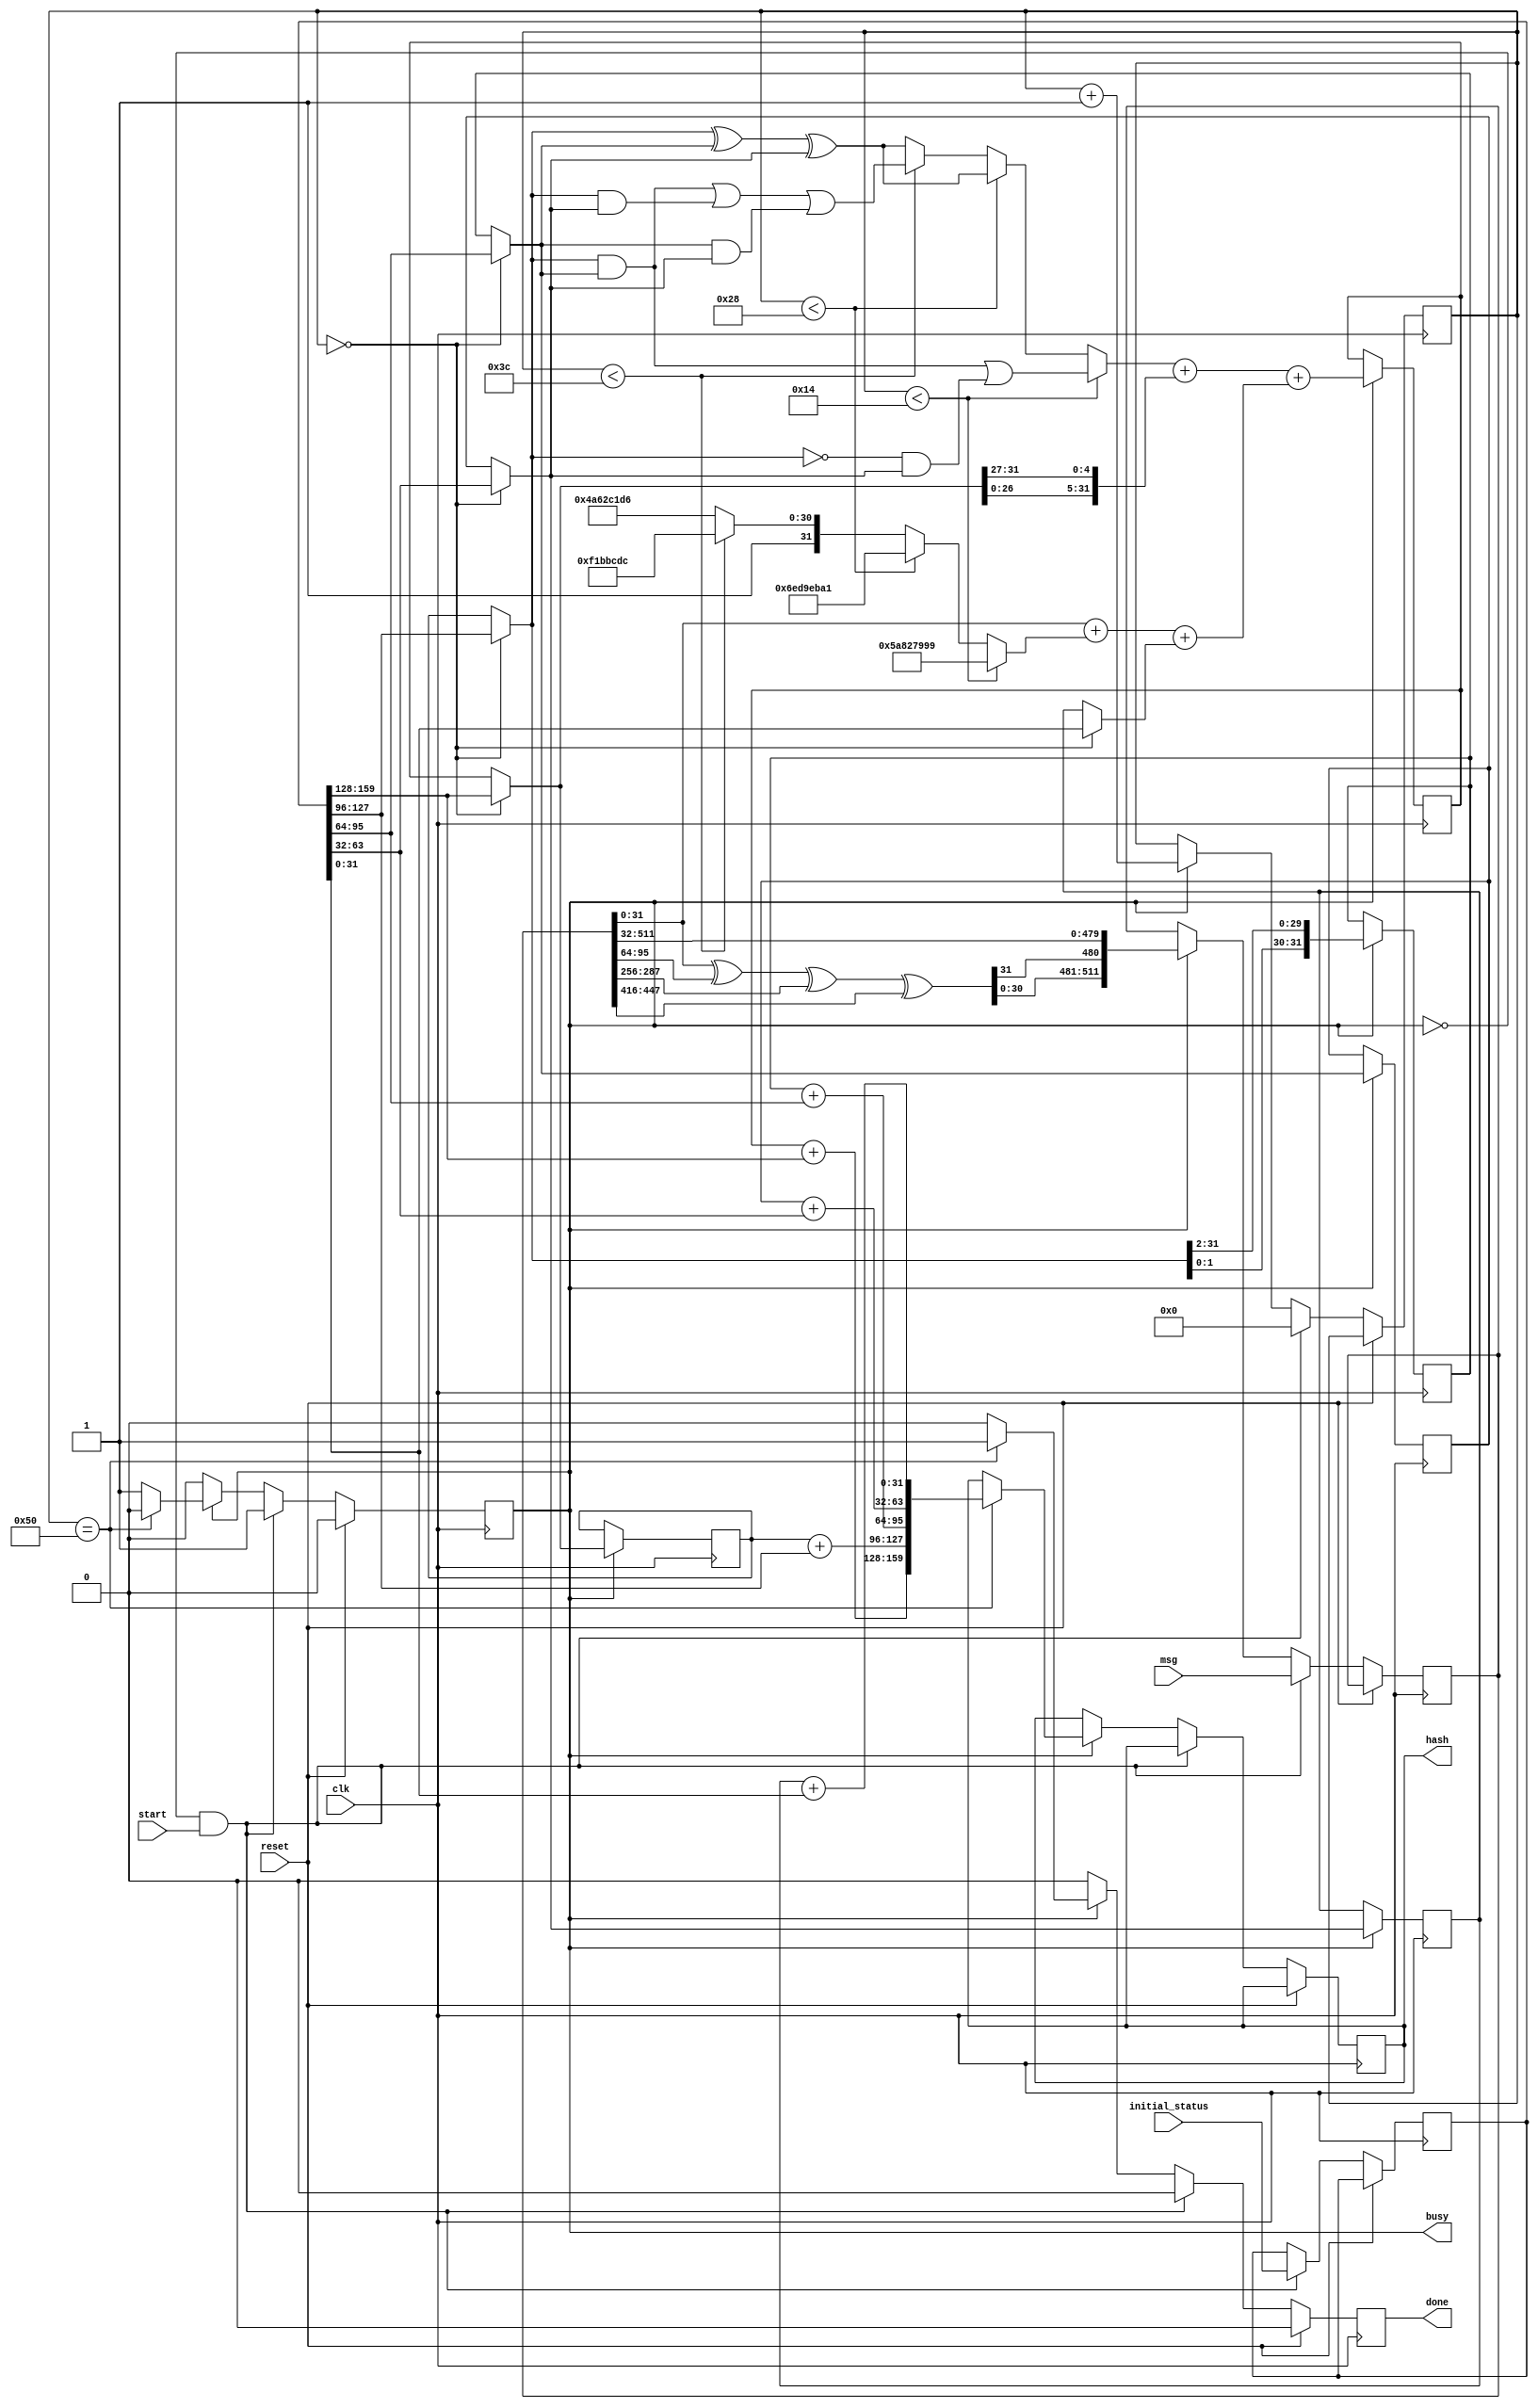
module sha1_small_core(
	input         clk,
	input       reset,
	input       start,

	input  [159:0] initial_status,  // 160 bit initial sha1 status
	input  [511:0] msg,             // 512 bit message

	output reg [159:0] hash,  // 160 bit hash result (internal state! No final hash!)
	output reg         busy,
	output reg         done
);

initial $dumpvars(0, fsm_status);
initial $dumpvars(0, msg);
initial $dumpvars(0, internal_message);
initial $dumpvars(0, a1);
initial $dumpvars(0, b1);
initial $dumpvars(0, c1);
initial $dumpvars(0, d1);
initial $dumpvars(0, e1);
initial $dumpvars(0, a2);
initial $dumpvars(0, b2);
initial $dumpvars(0, c2);
initial $dumpvars(0, d2);
initial $dumpvars(0, e2);
initial $dumpvars(0, a3);
initial $dumpvars(0, b3);
initial $dumpvars(0, c3);
initial $dumpvars(0, d3);
initial $dumpvars(0, e3);


// FSM controls
reg [  6:0] fsm_status;
reg [159:0] initial_state;
reg [511:0] internal_message;

always @(posedge clk) begin
	done <= 0;

	if (reset) begin
		busy <= 0;
	end else begin
		if (!busy && start) begin
			// Machinery start
			busy <= 1;
			fsm_status <= 0;
			initial_state <= initial_status;
			internal_message <= msg;
		end
		else if (busy) begin
			fsm_status <= fsm_status + 1'b1;
			if (fsm_status == 80) begin
				busy <= 0;
				done <= 1;
				hash <= {
					a3 + initial_state[159:128], 
					b3 + initial_state[127: 96],
					c3 + initial_state[ 95: 64],
					d3 + initial_state[ 63: 32],
					e3 + initial_state[ 31:  0]
				};
			end
			internal_message <= { w_i_calc_2, internal_message[511:32] };
		end
	end
end

// Stage 1 (pre-stage)
wire [31:0] a1, b1, c1, d1, e1;
assign a1 = (fsm_status == 0) ? initial_state[159:128] : a3;
assign b1 = (fsm_status == 0) ? initial_state[127: 96] : b3;
assign c1 = (fsm_status == 0) ? initial_state[ 95: 64] : c3;
assign d1 = (fsm_status == 0) ? initial_state[ 63: 32] : d3;
assign e1 = (fsm_status == 0) ? initial_state[ 31:  0] : e3;

// Calculate k_i
wire [31:0] k_i;
assign k_i = (fsm_status < 20) ? 32'h5A827999 :
             (fsm_status < 40) ? 32'h6ED9EBA1 :
             (fsm_status < 60) ? 32'h8F1BBCDC :
                                 32'hCA62C1D6 ;


// Calculate w[i]
wire [31:0] w_i_calc_1;
wire [31:0] w_i_calc_2;
assign w_i_calc_1 = internal_message[31+32* 0:32* 0] ^
                    internal_message[31+32* 2:32* 2] ^
                    internal_message[31+32* 8:32* 8] ^
                    internal_message[31+32*13:32*13];
assign w_i_calc_2 = { w_i_calc_1[30:0], w_i_calc_1[31] };

// Select w[i] or w[0] for window shift stage
wire [31:0] w_i;
assign w_i = internal_message[31:0];

// Add 3 terms up
wire [31:0] p_i;
assign p_i = w_i + k_i + e1;  // This is w[i] + k + e (a and f remaining!)

// Stage 1 to Stage 2
wire [31:0] a2 = a1;
wire [31:0] b2 = b1;
wire [31:0] c2 = c1;
wire [31:0] d2 = d1;
wire [31:0] e2 = p_i;

// Stage 2

// Calculate f_i
wire [31:0] f_i;
assign f_i = (fsm_status < 20) ? (b2 & c2) | ((~b2) & d2)          :
             (fsm_status < 40) ?  b2 ^ c2 ^ d2                     :
             (fsm_status < 60) ? (b2 & c2) | (b2 & d2) | (c2 & d2) :
                                  b2 ^ c2 ^ d2                     ;


// Rotate A before adding it
wire [31:0] a_rot;
assign a_rot = {a2[26:0], a2[31:27]};

// Actual calculation
wire [31:0] a_next;
assign a_next = f_i + a_rot + e2;

// B gets rotated into C
wire [31:0] c_next;
assign c_next = { b2[1:0], b2[31:2] };

// Stage 2 end
reg [31:0] a3, b3, c3, d3, e3;
always @(posedge clk) begin
	if (busy) begin
		a3 <= a_next;
		b3 <= a2;
		c3 <= c_next;
		d3 <= c2;
		e3 <= d2;
	end
end

endmodule